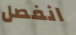
انفصل